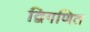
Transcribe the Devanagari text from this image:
द्विगणित